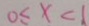
0 \leq x < 1